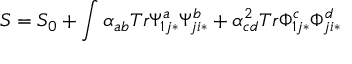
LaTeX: S = S _ { 0 } + \int \alpha _ { a b } T r \Psi _ { 1 j * } ^ { a } \Psi _ { j i * } ^ { b } + \alpha _ { c d } ^ { 2 } T r \Phi _ { 1 j * } ^ { c } \Phi _ { j i * } ^ { d }